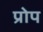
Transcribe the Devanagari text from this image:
प्रोप